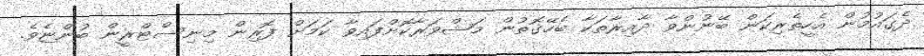
ދެގައުމުން އެހީތެރިކަން ބޭނުންވާ ދާއިރާތަކާ ބެހޭގޮތުން މަޝްވަރާކޮށްފައިވާ ކަމަށް ފޮރިން މިނިސްޓްރީން ބުންޏެވެ.